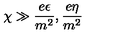
\chi \gg \frac { e \epsilon } { m ^ { 2 } } , \frac { e \eta } { m ^ { 2 } }